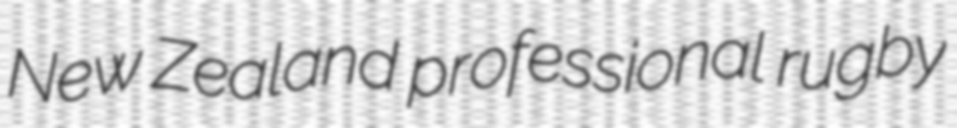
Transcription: New Zealand professional rugby